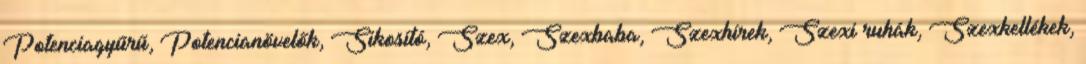
Potenciagyűrű, Potencianövelők, Sikosító, Szex, Szexbaba, Szexhírek, Szexi ruhák, Szexkellékek,